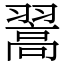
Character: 翯